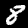
Digit: 8